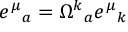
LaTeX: e ^ { \mu } { } _ { a } = \Omega ^ { k } { } _ { a } e ^ { \mu } { } _ { k }